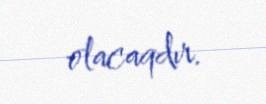
olacaqdır.